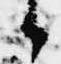
候